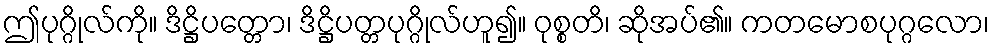
ဤပုဂ္ဂိုလ်ကို။ ဒိဋ္ဌိပတ္တော၊ ဒိဋ္ဌိပတ္တပုဂ္ဂိုလ်ဟူ၍။ ဝုစ္စတိ၊ ဆိုအပ်၏။ ကတမောစပုဂ္ဂလော၊